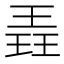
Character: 𮴡